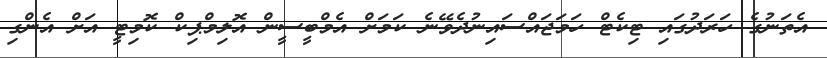
އެތަނުގެ ހަރަދުގައި ޓިކެޓް ހަމަޖައްސައިނުދެވޭނެ ކަމަށް އެމްބީސީން އޮލިމްޕިކް ކޮމިޓީ އަށް އެންގި